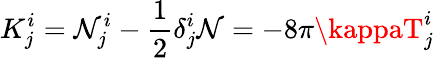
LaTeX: K_{j}^{i}=\mathcal{N}_{j}^{i}-{\frac{{1}}{{2}}}\delta_{j}^{i}\mathcal{N}=-8\pi\kappaT_{j}^{i}